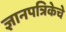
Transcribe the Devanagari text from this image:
ज्ञानपत्रिकेचे